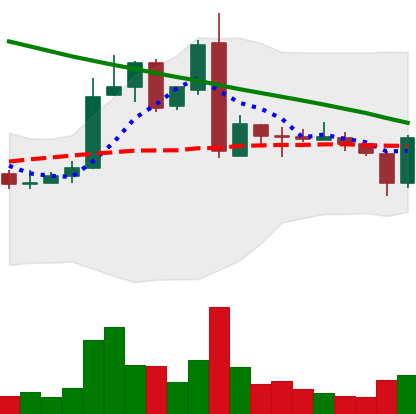
Ticker: ADA-USD
Chart end date: 2019-03-05
Forward return: 5.753%
Label: up_5_7